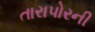
તારાપોરની